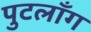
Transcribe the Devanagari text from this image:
पुटलाँग